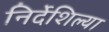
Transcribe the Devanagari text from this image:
निर्देशिल्या